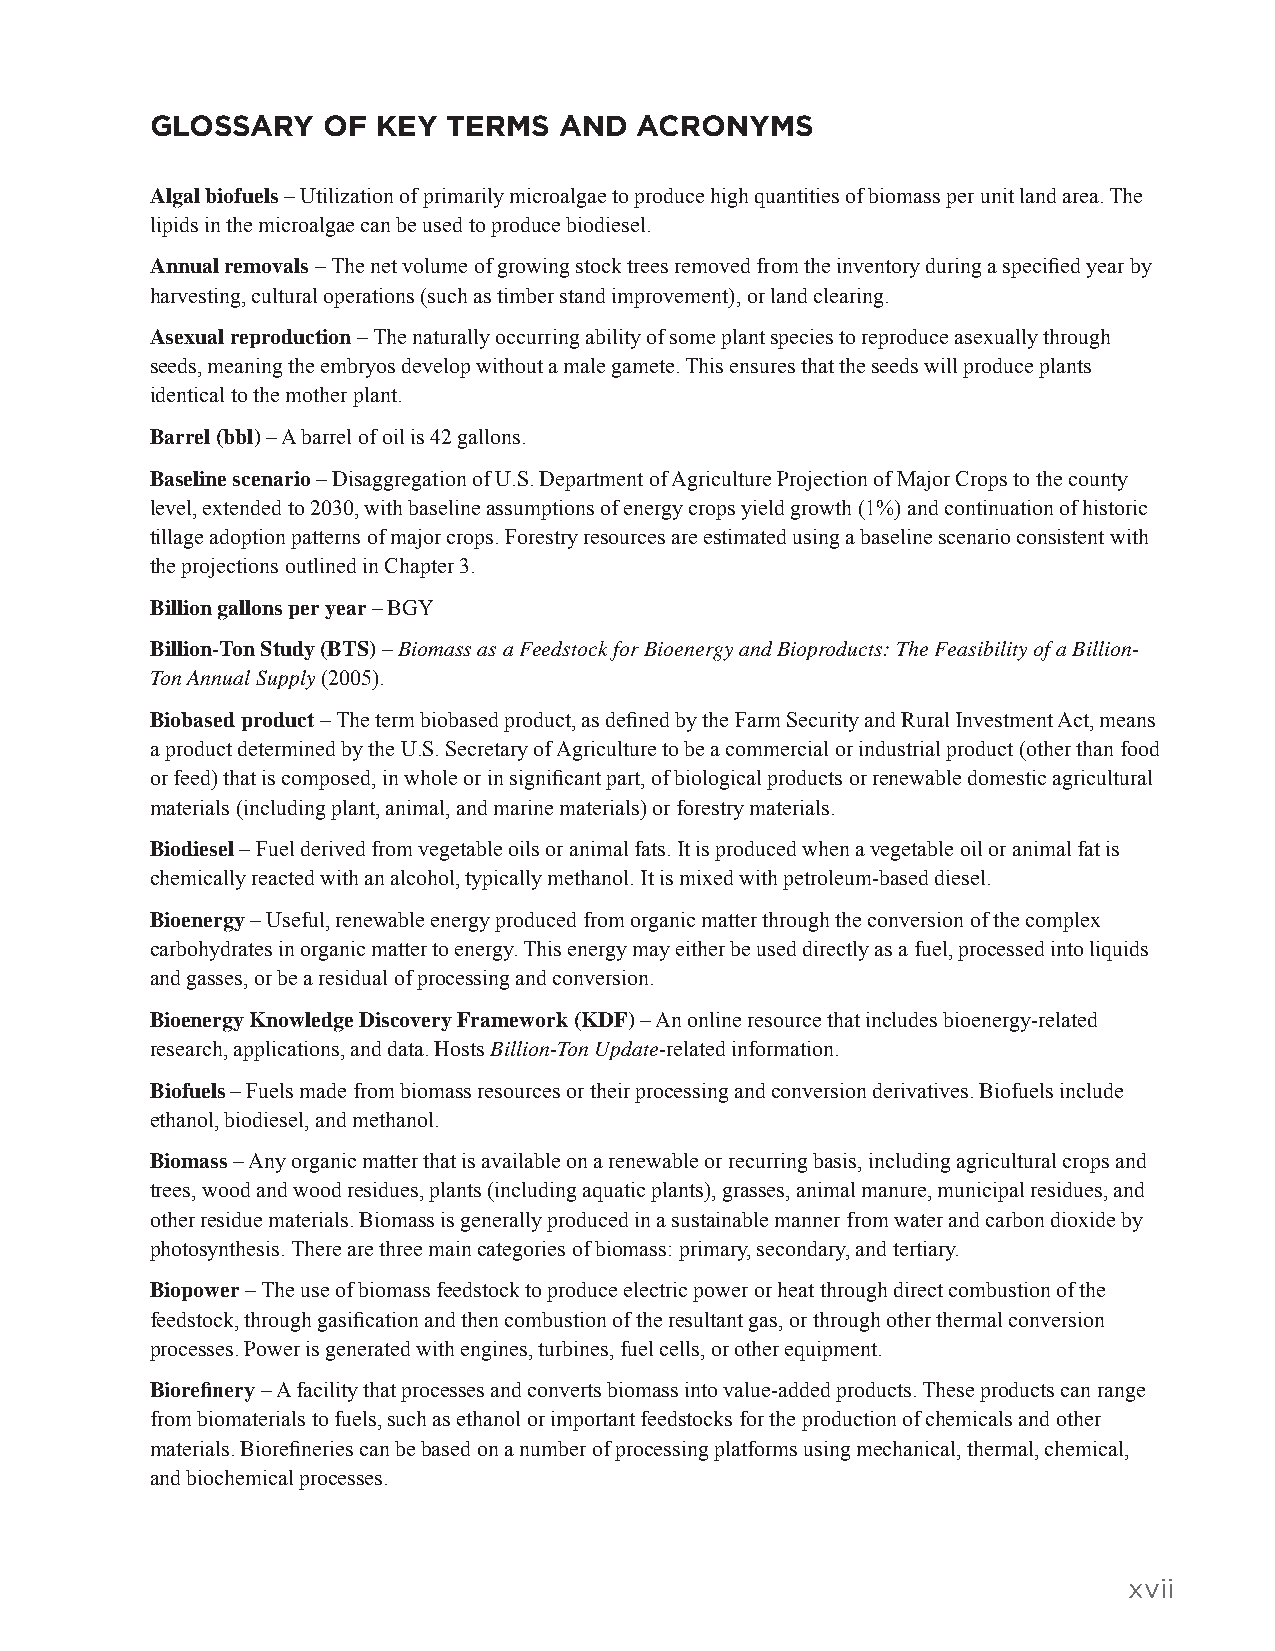
GLOSSARY   OF  KEY  TERMS  AND  ACRONYMS
 Algal biofuels – Utilization of primarily microalgae to produce high quantities of biomass per unit land area. The
 lipids in the microalgae can be used to produce biodiesel.
 Annual removals – The net volume of growing stock trees removed from the inventory during a specified year by
 harvesting, cultural operations (such as timber stand improvement), or land clearing.
 Asexual reproduction – The naturally occurring ability of some plant species to reproduce asexually through
 seeds, meaning the embryos develop without a male gamete. This ensures that the seeds will produce plants
 identical to the mother plant.
 Barrel (bbl) – A barrel of oil is 42 gallons.
 Baseline scenario – Disaggregation of U.S. Department of Agriculture Projection of Major Crops to the county
 level, extended to 2030, with baseline assumptions of energy crops yield growth (1%) and continuation of historic
 tillage adoption patterns of major crops. Forestry resources are estimated using a baseline scenario consistent with
 the projections outlined in Chapter 3.
 Billion gallons per year – BGY
 Billion-Ton Study (BTS) – Biomass as a Feedstock for Bioenergy and Bioproducts: The Feasibility of a Billion-
 Ton Annual Supply (2005).
 Biobased product – The term biobased product, as defined by the Farm Security and Rural Investment Act, means
 a product determined by the U.S. Secretary of Agriculture to be a commercial or industrial product (other than food
 or feed) that is composed, in whole or in significant part, of biological products or renewable domestic agricultural
 materials (including plant, animal, and marine materials) or forestry materials.
 Biodiesel – Fuel derived from vegetable oils or animal fats. It is produced when a vegetable oil or animal fat is
 chemically reacted with an alcohol, typically methanol. It is mixed with petroleum-based diesel.
 Bioenergy – Useful, renewable energy produced from organic matter through the conversion of the complex
 carbohydrates in organic matter to energy. This energy may either be used directly as a fuel, processed into liquids
 and gasses, or be a residual of processing and conversion.
 Bioenergy Knowledge Discovery Framework (KDF) – An online resource that includes bioenergy-related
 research, applications, and data. Hosts Billion-Ton Update-related information.
 Biofuels – Fuels made from biomass resources or their processing and conversion derivatives. Biofuels include
 ethanol, biodiesel, and methanol.
 Biomass – Any organic matter that is available on a renewable or recurring basis, including agricultural crops and
 trees, wood and wood residues, plants (including aquatic plants), grasses, animal manure, municipal residues, and
 other residue materials. Biomass is generally produced in a sustainable manner from water and carbon dioxide by
 photosynthesis. There are three main categories of biomass: primary, secondary, and tertiary.
 Biopower – The use of biomass feedstock to produce electric power or heat through direct combustion of the
 feedstock, through gasification and then combustion of the resultant gas, or through other thermal conversion
 processes. Power is generated with engines, turbines, fuel cells, or other equipment.
 Biorefinery – A facility that processes and converts biomass into value-added products. These products can range
 from biomaterials to fuels, such as ethanol or important feedstocks for the production of chemicals and other
 materials. Biorefineries can be based on a number of processing platforms using mechanical, thermal, chemical,
 and biochemical processes.
 xvii